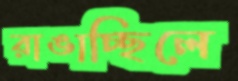
রাঙাচ্ছিলে